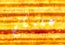
عليكم